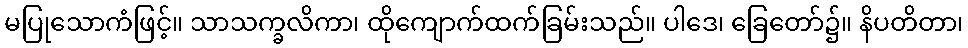
မပြုသောကံဖြင့်။ သာသက္ခလိကာ၊ ထိုကျောက်ထက်ခြမ်းသည်။ ပါဒေ၊ ခြေတော်၌။ နိပတိတာ၊